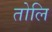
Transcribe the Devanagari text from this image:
तोलि